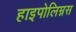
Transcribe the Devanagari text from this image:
हाइपोलिम्नस